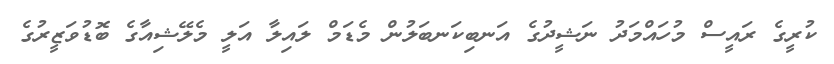
ކުރީގެ ރައީސް މުހައްމަދު ނަޝީދުގެ އަނބިކަނބަލުން މެޑަމް ލައިލާ އަލީ މެލޭޝިއާގެ ބޮޑުވަޒީރުގެ